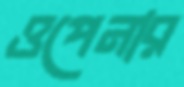
ওপেনার